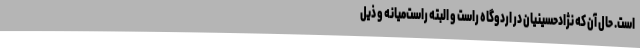
است. حال آن که نژاد‌حسینیان در اردوگاه راست و البته راست‌میانه و ذیل